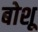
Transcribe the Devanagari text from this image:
बोशू